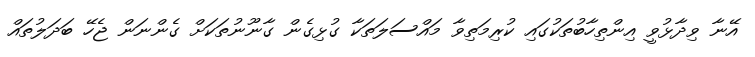
އޭނާ ވިދާޅުވީ އިންތިހާބުތަކުގައި ކުރިމަތިވާ މައްސަލަތަކާ ގުޅިގެން ގާނޫނުތަކަށް ގެންނަން ޖެހޭ ބަދަލުތައް